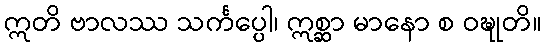
ဣတိ ဗာလဿ သင်္ကပ္ပေါ၊ ဣစ္ဆာ မာနော စ ဝဍ္ဎုတိ။